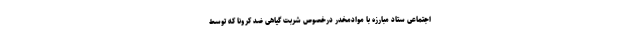
اجتماعی ستاد مبارزه با موادمخدر درخصوص شربت گیاهی ضد کرونا که توسط